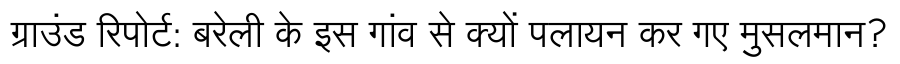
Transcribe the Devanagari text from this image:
ग्राउंड रिपोर्ट: बरेली के इस गांव से क्यों पलायन कर गए मुसलमान?